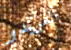
ألفريدو